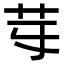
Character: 𦬤